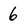
Character: 6